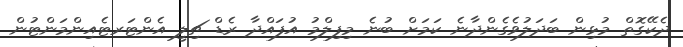
ދެކޭގޮތް މުޅިން ބަދަލުވެެގެންދާނެ ކަމަށް ބުނެ މިފިލްމު އުފައްދާ ރެޑް ޗިލީ އެންޓަރޓެއިންމަންޓުން